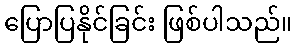
ပြောပြနိုင်ခြင်း ဖြစ်ပါသည်။